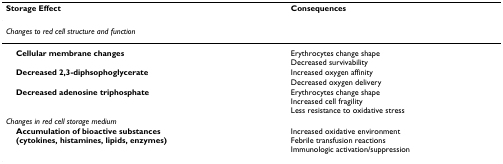
<table><thead><tr><td><b>Storage Effect</b></td><td><b>Consequences</b></td></tr></thead><tbody><tr><td><i>Changes to red cell structure and function</i></td><td></td></tr><tr><td> <b>Cellular membrane changes</b></td><td>Erythrocytes change shapeDecreased survivability</td></tr><tr><td> <b>Decreased 2,3-diphsophoglycerate</b></td><td>Increased oxygen affinityDecreased oxygen delivery</td></tr><tr><td> <b>Decreased adenosine triphosphate</b></td><td>Erythrocytes change shapeIncreased cell fragilityLess resistance to oxidative stress</td></tr><tr><td><i>Changes in red cell storage medium</i></td><td></td></tr><tr><td> <b>Accumulation of bioactive substances</b><b>(cytokines, histamines, lipids, enzymes)</b></td><td>Increased oxidative environmentFebrile transfusion reactionsImmunologic activation/suppression</td></tr></tbody></table>